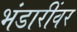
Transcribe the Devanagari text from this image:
भंडारींवर